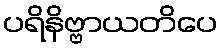
ပရိနိဗ္ဗာယတိပေ